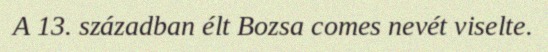
A 13. században élt Bozsa comes nevét viselte.